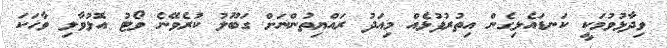
ވިދާޅުވުމަކީ ކަނޑައެޅިގެން އިތުރުފުޅެއް މިއަދު ރައްޔިތުންނަށް ގަބޫލު ކުރެވޭނެ ވޯޓު އޮޅުވާލި ވާހަކަ